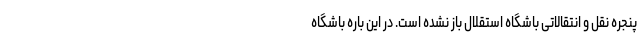
پنجره نقل و انتقالاتی باشگاه استقلال باز نشده است. در این باره باشگاه